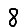
Digit: 8